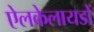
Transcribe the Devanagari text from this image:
ऐलकेलायडों